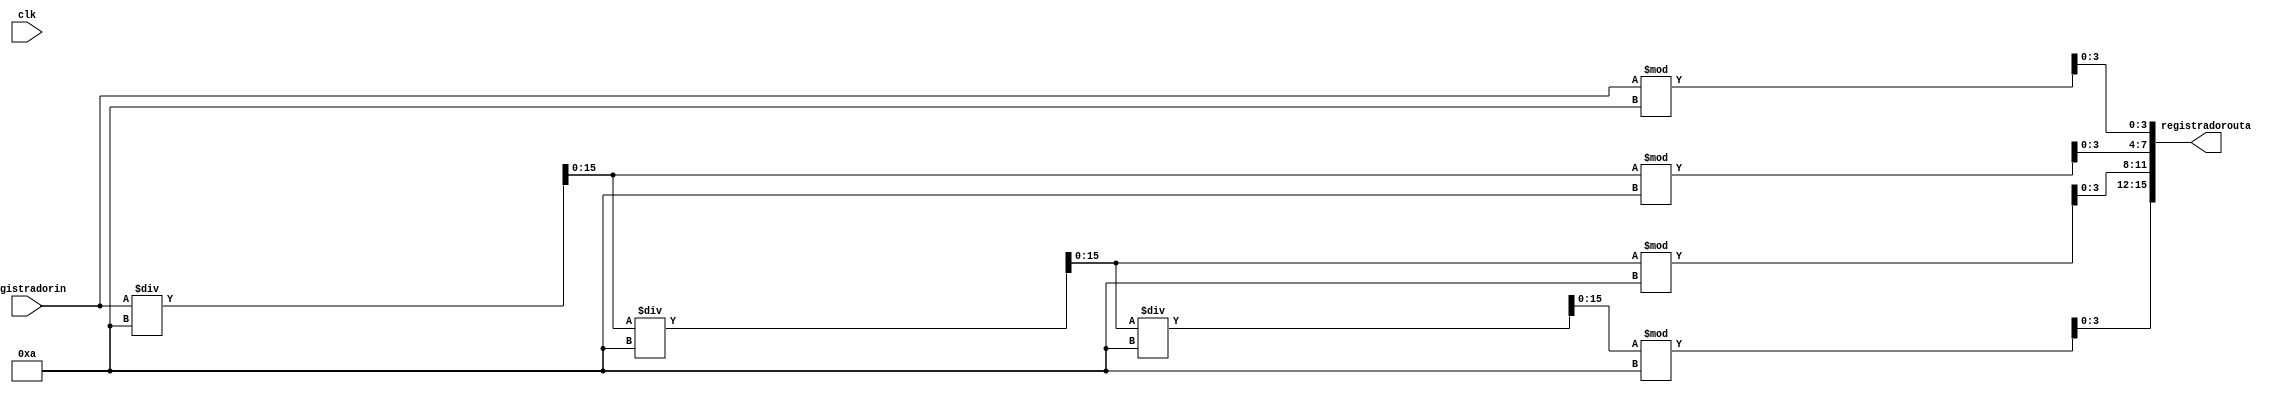
module conversaodec_bin(clk,registradorin, registradorouta);

	/* inputs */
	input [15:0] registradorin;
	input clk;
	/* inputs */
	
	/* outputs */
	output reg [15:0] registradorouta;
	/* outputs */
	
	/* registradores */
	reg [15:0] registradorout;
	reg [15:0] aux;
	reg [15:0] a;
	reg [15:0] a2;
	reg [15:0] a3;
	reg [15:0] a4;
	reg [15:0] a5;
	reg [15:0] b;
	reg [15:0] b2;
	reg [15:0] b3;
	/* registradores */
	
	always @(*) begin
		aux <= registradorin;
		b <= aux;
		registradorout[3:0] <= aux % 10;
		a <= b / 10;
		a2 <= a;
		b2 <= a2;
		registradorout[7:4] <= a2 % 10;
		a3 <= b2 / 10;
		a4 <= a3;
		b3 <= a4;
		registradorout[11:8] <= a4 % 10;
		a5 <= b3 / 10;
		registradorout[15:12] <= a5 % 10;
		registradorouta <= registradorout;
	end

endmodule